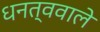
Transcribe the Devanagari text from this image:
धनत्ववाले